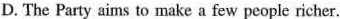
D. The Party aims to make a few peopic richer.